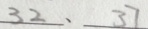
3 2 、 3 7